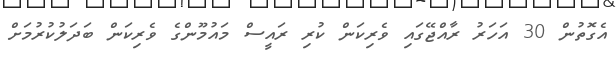
އެގޮތުން 30 އަހަރު ރާއްޖޭގައި ވެރިކަން ކުރި ރައީސް މައުމޫންގެ ވެރިކަން ބަދަލުކުރުމަށް